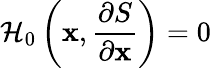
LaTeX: \mathcal{H}_{0}\left(\mathbf{x},\frac{\partial S}{\partial\mathbf{x}}\right)=0